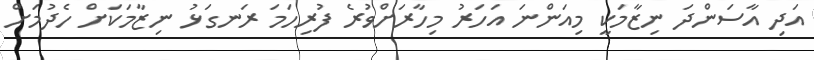
އަދި އާސަންދަ ނިޒާމަކީ މިއަންނަ އަހަރު މިހާރަށްވުރެ ފުރިހަމަ ރަނގަޅު ނިޒާމަކަށް ހެދުމަށް